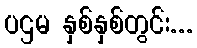
ပဌမ နှစ်နှစ်တွင်း...